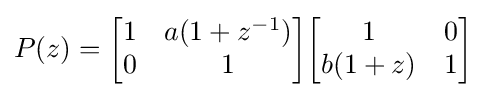
P(z)={\begin{bmatrix}1&a(1+z^{-1})\\0&1\end{bmatrix}}{\begin{bmatrix}1&0\\b(1+z)&1\end{bmatrix}}